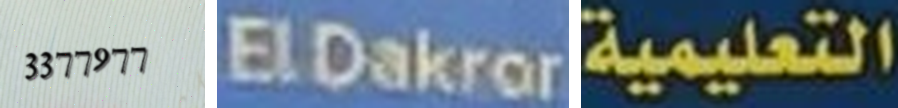
3377977 ElDakror التعليمية